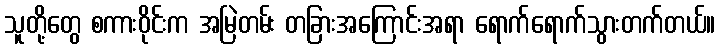
သူတို့တွေ စကားဝိုင်းက အမြဲတမ်း တခြားအကြောင်းအရာ ရောက်ရောက်သွားတက်တယ်။